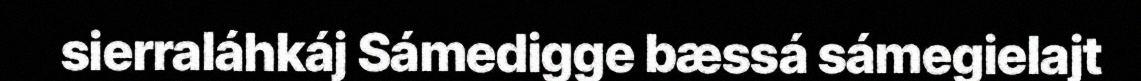
sierraláhkáj Sámedigge bæssá sámegielajt